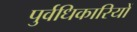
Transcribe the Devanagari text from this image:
पुर्वधिकारियों